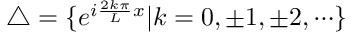
\triangle = \{ e ^ { i \frac { 2 k \pi } L x } | k = 0 , \pm 1 , \pm 2 , \cdots \}